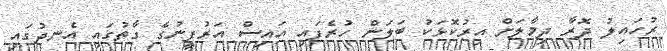
ރުހައިލު ދޮރާ ދިމާލަށް އިރުކޮޅަކު ބަލަން ހުރެފައި އައިސް އަރުފީނުގެ ގާތުގައި އެނދުގައި